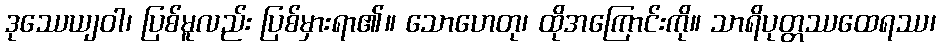
ဒုဿေယျဝါ၊ ပြစ်မူလည်း ပြစ်မှားရာ၏။ သောဟေတု၊ ထိုအကြောင်းကို။ သာရိပုတ္တဿထေရဿ၊